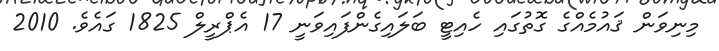
މިނިވަން ޤައުމެއްގެ ގޮތުގައިި ހެއިޓީ ބަލައިގެންފައިވަނީ 17 އެޕްރީލް 1825 ގައެވެ. 2010